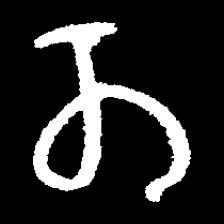
Pyu character \u2014 Myanmar letter: တ (romanized: ta)